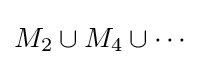
M_{2}\cup M_{4}\cup \cdots